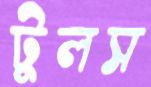
টুলস